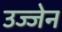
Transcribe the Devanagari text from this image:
उज्‍जेन